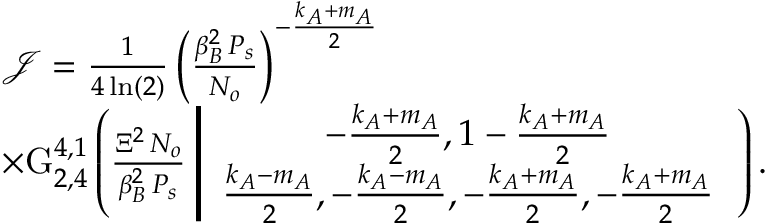
\begin{array} { r l } & { \mathcal { J } = \frac { 1 } { 4 \ln ( 2 ) } \left( \frac { \beta _ { B } ^ { 2 } \, P _ { s } } { N _ { o } } \right) ^ { - \frac { k _ { A } + m _ { A } } { 2 } } } \\ & { \times \mathrm { G } _ { 2 , 4 } ^ { 4 , 1 } \left( \frac { \Xi ^ { 2 } \, N _ { o } } { \beta _ { B } ^ { 2 } \, P _ { s } } \left| \begin{array} { c } { - \frac { k _ { A } + m _ { A } } { 2 } , 1 - \frac { k _ { A } + m _ { A } } { 2 } } \\ { \frac { k _ { A } - m _ { A } } { 2 } , - \frac { k _ { A } - m _ { A } } { 2 } , - \frac { k _ { A } + m _ { A } } { 2 } , - \frac { k _ { A } + m _ { A } } { 2 } } \end{array} \right. \right) . } \end{array}